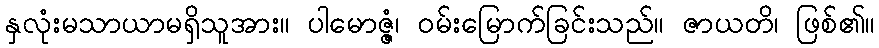
နှလုံးမသာယာမရှိသူအား။ ပါမောဇ္ဇံ၊ ဝမ်းမြောက်ခြင်းသည်။ ဇာယတိ၊ ဖြစ်၏။